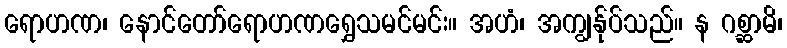
ရောဟဏ၊ နောင်တော်ရောဟဏရွှေသမင်မင်း။ အဟံ၊ အကျွန်ုပ်သည်။ န ဂစ္ဆာမိ၊